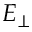
E _ { \perp }